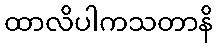
ထာလိပါကသတာနိ